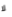
لا